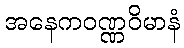
အနေကဝဏ္ဏဝိမာနံ